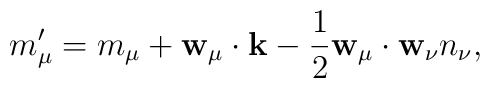
m_\mu'=m_\mu+{\bf w}_\mu\cdot{\bf k}     -\frac{1}{2}{\bf w}_\mu\cdot{\bf w}_\nu n_\nu,